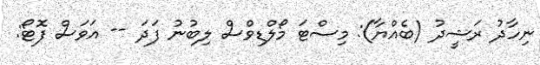
ނިހާދު ރަޝީދު (ބެއްޔާ): މިސްޓަ މޯލްޑިވްސް ލިބުނު ފަދަ -- އަވަސް ފޮޓޯ: